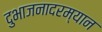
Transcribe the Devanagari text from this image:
दुभाजनादरम्यान